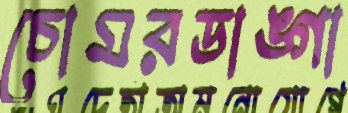
চোমরডাঙ্গা